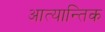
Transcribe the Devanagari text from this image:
आत्यान्तिक